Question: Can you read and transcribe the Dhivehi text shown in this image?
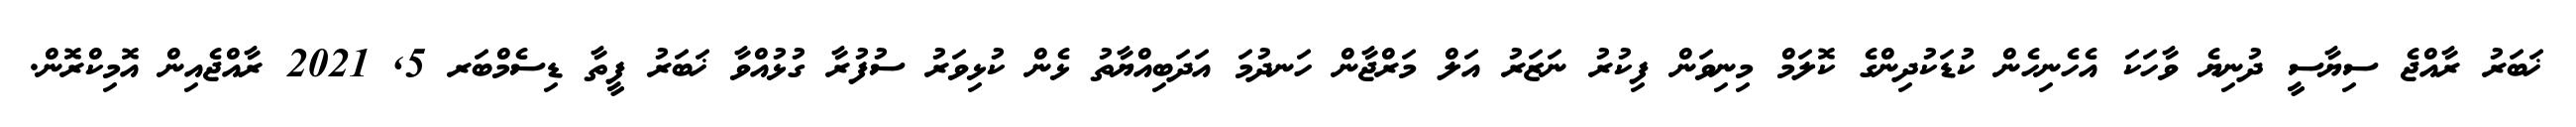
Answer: ޚަބަރު ރާއްޖެ ސިޔާސީ ދުނިޔެ ވާހަކަ އެހެނިހެން ކުޑަކުދިންގެ ކޮލަމް މިނިވަން ފިކުރު ނަޒަރު އަލް މަރްޖާން ހަނދުމަ އަދަބިއްޔާތު ޅެން ކުޅިވަރު ސުފުރާ ގުޅުއްވާ ޚަބަރު ފީތާ ޑިސެމްބަރ 5, 2021 ރާއްޖެއިން އޮމިކްރޮން.